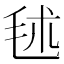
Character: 𣭍